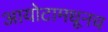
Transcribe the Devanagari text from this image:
आयोटामधूनच